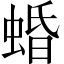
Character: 𧍎